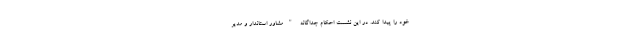
خود را پیدا کند. در این نشست احکام جداگانه "مشاور استاندار و مدیر